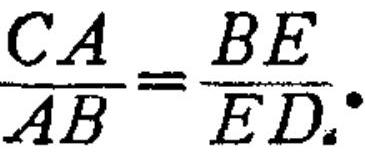
\(\frac{CA}{AB}=\frac{BE}{ED}.\)